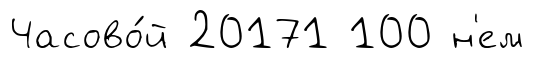
Часово́й 20171 100 н'ем